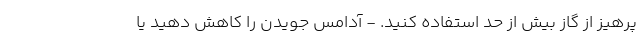
پرهیز از گاز بیش از حد استفاده کنید. - آدامس جویدن را کاهش دهید یا